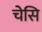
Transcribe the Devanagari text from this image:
चेसि